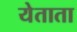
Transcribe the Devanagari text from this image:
येताता